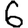
Digit: 6